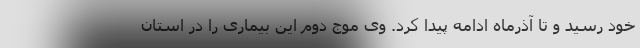
خود رسید و تا آذرماه ادامه پیدا کرد. وی موج دوم این بیماری را در استان